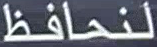
لنحافظ